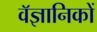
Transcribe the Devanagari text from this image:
वॅज्ञानिकों